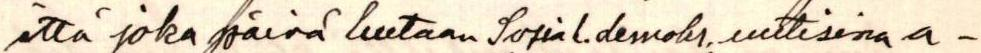
että joka päivä luetaan Sosial.demokr. uutisina a-